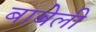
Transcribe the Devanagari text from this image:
बाबेली